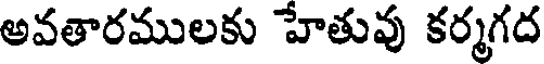
అవతారములకు హేతువు కర్మగద